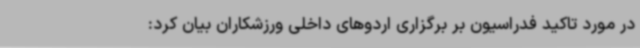
در مورد تاکید فدراسیون بر برگزاری اردوهای داخلی ورزشکاران بیان کرد: